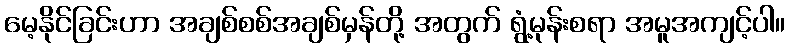
မေ့နိုင်ခြင်းဟာ အချစ်စစ်အချစ်မှန်တို့ အတွက် ရွံ့မုန်းစရာ အမူအကျင့်ပါ။